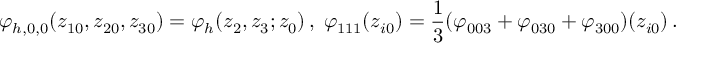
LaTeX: \varphi _ { h , 0 , 0 } ( z _ { 1 0 } , z _ { 2 0 } , z _ { 3 0 } ) = \varphi _ { h } ( z _ { 2 } , z _ { 3 } ; z _ { 0 } ) \, , \; \varphi _ { 1 1 1 } ( z _ { i 0 } ) = \frac { 1 } { 3 } ( \varphi _ { 0 0 3 } + \varphi _ { 0 3 0 } + \varphi _ { 3 0 0 } ) ( z _ { i 0 } ) \, .